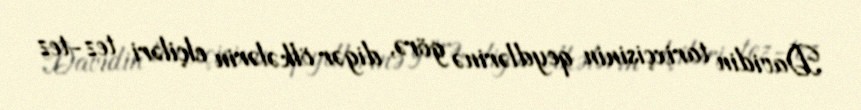
Davidin tarixçisinin qeydlərinə görə, digər ölkələrin elçiləri tez-tez